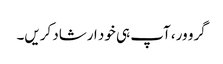
گرو ور، آپ ہی خود ارشاد کریں۔